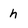
Character: h